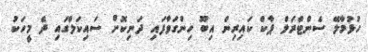
ހުޅުމާލޭ ސެންޓްރަލް ޕާކް ކައިރިން އިބޫ ހިންގަވާފައި ދަނިކޮށް ސައިކަލްގައި ދެ މީހަކު